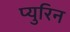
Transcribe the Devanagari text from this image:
प्युरिन